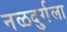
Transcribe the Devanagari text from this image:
नळदुर्गला